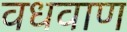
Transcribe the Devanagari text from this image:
वधवाण